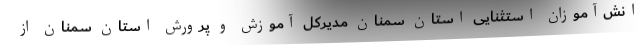
انش‌آموزان استثنایی استان سمنان مدیرکل آموزش و پرورش استان سمنان از